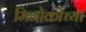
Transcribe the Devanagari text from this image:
मिनोर्काच्या